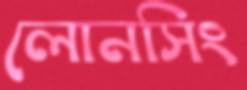
লোনসিং